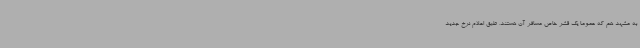
به مشهد هم که عموما یک قشر خاص مسافر آن هستند، طبق اعلام نرخ جدید